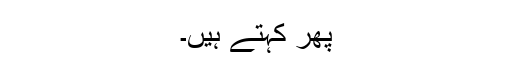
پھر کہتے ہیں۔